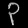
Digit: ၃